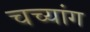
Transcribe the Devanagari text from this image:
चच्यांग